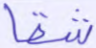
شقا